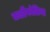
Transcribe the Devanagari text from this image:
कार्डीफोलिया